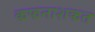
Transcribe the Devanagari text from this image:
कफनाशकत